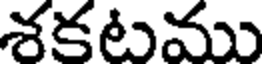
శకటము